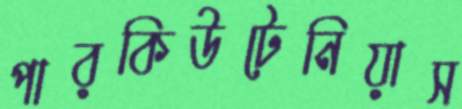
পারকিউটেনিয়াস